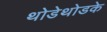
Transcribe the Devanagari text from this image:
थोडेथोडके